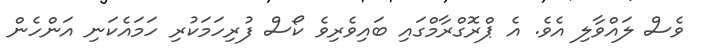
ވެސް ލައްވާލި އެވެ. އެ ޕްރޮގްރާމްގައި ބައިވެރިވެ ކޯސް ފުރިހަމަކުރި ހަމައެކަނި އަންހެން